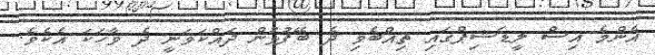
އެންމެ އިސް ލީޑަޝިޕްގައި ތިއްބެވި ދެ ބޭފުޅުން ދައްކަވަނީ ދެ ވާހަކަ އެކެވެ.